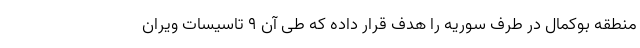
منطقه بوکمال در طرف سوریه را هدف قرار داده که طی آن 9 تاسیسات ویران